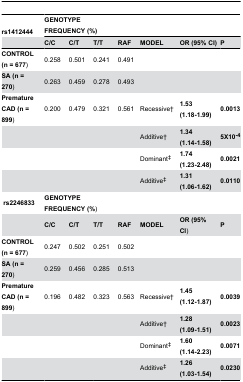
<table><thead><tr><td><b>rs1412444</b></td><td colspan="3"><b>GENOTYPE FREQUENCY (%)</b></td><td colspan="2"></td><td colspan="2"></td></tr><tr><td></td><td><b>C/C</b></td><td><b>C/T</b></td><td><b>T/T</b></td><td><b>RAF</b></td><td><b>MODEL</b></td><td><b>OR (95% CI)</b></td><td><b>P</b></td></tr></thead><tbody><tr><td><b>CONTROL (n = 677</b>)</td><td>0.258</td><td>0.501</td><td>0.241</td><td>0.491</td><td></td><td></td><td></td></tr><tr><td><b>SA (n = 270</b>)</td><td>0.263</td><td>0.459</td><td>0.278</td><td>0.493</td><td></td><td></td><td></td></tr><tr><td><b>Premature CAD (n = 899</b>)</td><td>0.200</td><td>0.479</td><td>0.321</td><td>0.561</td><td>Recessive†</td><td><b>1.53 (1.18-1.99)</b></td><td><b>0.0013</b></td></tr><tr><td></td><td></td><td></td><td></td><td></td><td>Additive†</td><td><b>1.34 (1.14-1.58)</b></td><td><b>5X10<sup>-4</sup></b></td></tr><tr><td></td><td></td><td></td><td></td><td></td><td>Dominant‡</td><td><b>1.74 (1.23-2.48)</b></td><td><b>0.0021</b></td></tr><tr><td></td><td></td><td></td><td></td><td></td><td>Additive‡</td><td><b>1.31 (1.06-1.62)</b></td><td><b>0.0110</b></td></tr><tr><td> <b>rs2246833</b></td><td colspan="3"><b>GENOTYPE FREQUENCY (%</b>)</td><td></td><td></td><td></td><td></td></tr><tr><td></td><td><b>C/C</b></td><td><b>C/T</b></td><td><b>T/T</b></td><td><b>RAF</b></td><td><b>MODEL</b></td><td><b>OR (95% CI</b>)</td><td><b>P</b></td></tr><tr><td><b>CONTROL (n = 677</b>)</td><td>0.247</td><td>0.502</td><td>0.251</td><td>0.502</td><td></td><td></td><td></td></tr><tr><td><b>SA (n = 270</b>)</td><td>0.259</td><td>0.456</td><td>0.285</td><td>0.513</td><td></td><td></td><td></td></tr><tr><td><b>Premature CAD (n = 899</b>)</td><td>0.196</td><td>0.482</td><td>0.323</td><td>0.563</td><td>Recessive†</td><td><b>1.45 (1.12-1.87)</b></td><td><b>0.0039</b></td></tr><tr><td></td><td></td><td></td><td></td><td></td><td>Additive†</td><td><b>1.28 (1.09-1.51)</b></td><td><b>0.0023</b></td></tr><tr><td></td><td></td><td></td><td></td><td></td><td>Dominant‡</td><td><b>1.60 (1.14-2.23)</b></td><td><b>0.0071</b></td></tr><tr><td></td><td></td><td></td><td></td><td></td><td>Additive‡</td><td><b>1.26 (1.03-1.54)</b></td><td><b>0.0230</b></td></tr></tbody></table>